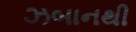
ઝબાનથી